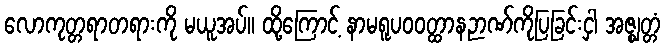
လောကုတ္တရာတရားကို မယူအပ်။ ထို့ကြောင့် နာမရူပဝဝတ္ထာနဉာဏ်ကိုပြခြင်းငှါ အဇ္ဈတ္တံ